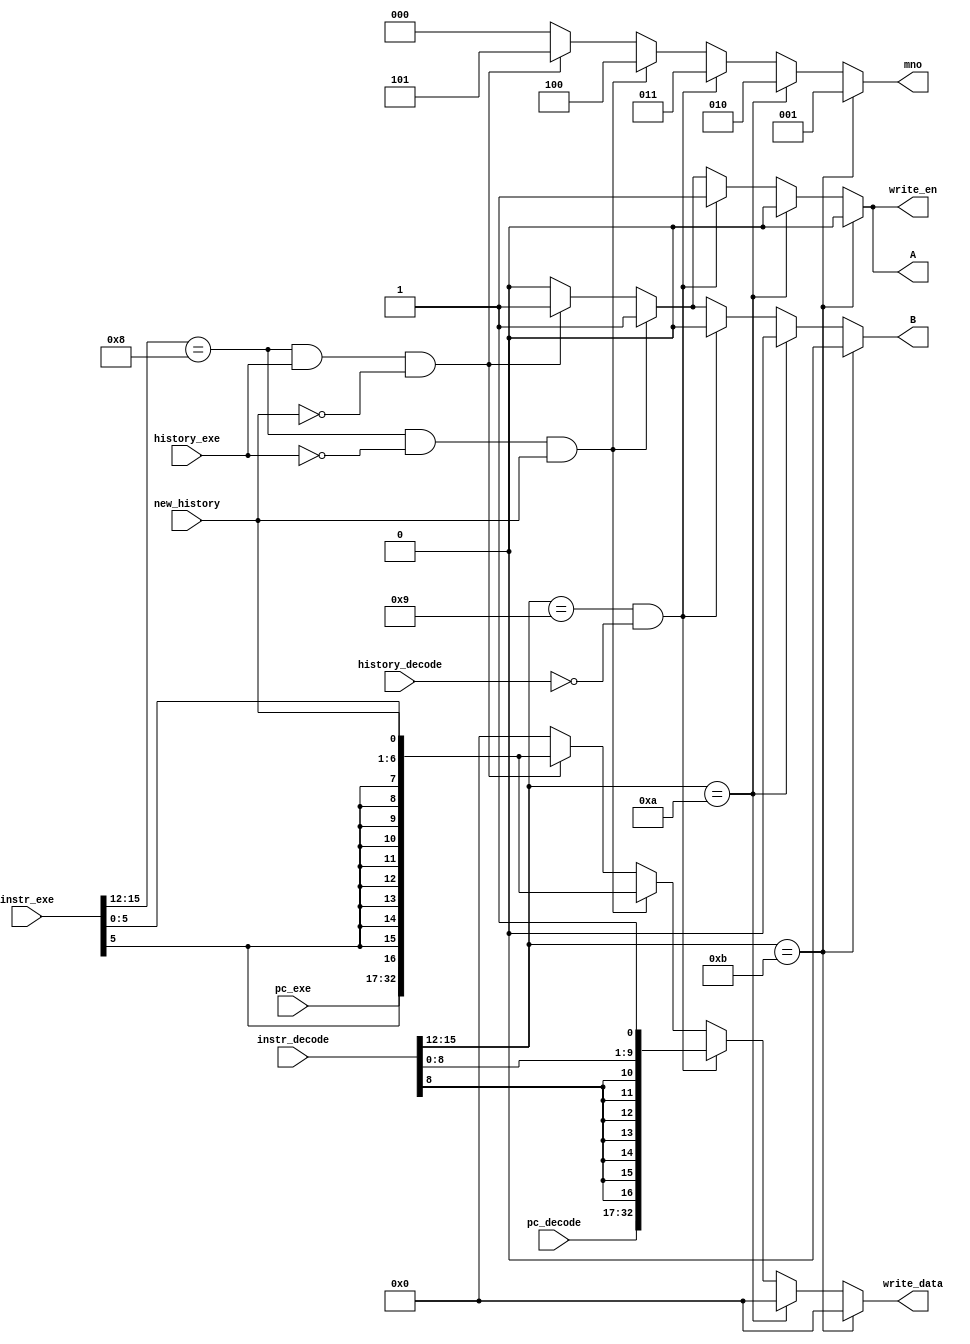
//mno is 3 bits selector that will select any of the 5 instruction addresses.

module branch_controller(instr_exe,instr_decode,pc_decode,pc_exe,history_exe,history_decode,new_history,mno,A,B,write_en,write_data);//removed alu_out
	input [15:0] instr_exe,instr_decode,pc_exe,pc_decode;
	input history_exe,new_history,history_decode;
	output reg [2:0] mno;
	output reg A,B,write_en;
	output reg [32:0] write_data;
	always @(instr_exe,instr_decode,history_exe,new_history,history_decode,pc_exe,pc_decode)
	
		begin
			if (instr_decode[15:12]==4'b1011)//JRI
				begin
				mno=3'b001;
				A=0;
				write_en=0;
				write_data=0;
				B=0;
				end
		
			else if (instr_decode[15:12]==4'b1010)//JLR
				begin
				mno=3'b010;
				A=0;
				write_en=0;
				write_data=0;
				B=0;
				end
			else if (instr_decode[15:12]==4'b1001 && history_decode==1'b0)//JAL and not in LUT
				begin
				mno=3'b011;//A and B
				A=1;
				write_en=1;
				write_data={pc_decode,{{7{instr_decode[8]}},instr_decode[8:0]},1'b1};
				B=0;
				end
			else if (instr_exe[15:12]==4'b1000 && history_exe==1'b0 && new_history==1'b1)//BEQ and new_hist=1 and old_hist=0
				begin
				mno=3'b100;
				A=1;
				write_en=1;
				write_data={pc_exe,{{10{instr_exe[5]}},instr_exe[5:0]},new_history};
				B=1;
				end
				
			else if (instr_exe[15:12]==4'b1000 && history_exe==1'b1 && new_history==1'b0)//BEQ and new_hist=0 and old_hist=1
				begin
				mno=3'b101;
				A=1;
				write_en=1;
				write_data={pc_exe,{{10{instr_exe[5]}},instr_exe[5:0]},new_history};
				B=1;
				end
			else
				begin
				mno=3'b000;
				A=0;
				write_en=0;
				write_data=0;
				B=0;
				end
			

		end
	endmodule
	
	
//working
//`timescale 1 ns/1 ps
//module tb_branch_controller;
//
//	reg [3:0] tb_instr_exe_4,tb_instr_decode_4;
//	reg [15:0] tb_alu_out;
//	wire [2:0] tb_mno;
//	branch_controller bc0(tb_instr_exe_4,tb_instr_decode_4,tb_alu_out,tb_mno);
//initial 
//begin
//tb_instr_exe_4=4'b1000;
//tb_instr_decode_4=4'b1001;
//tb_alu_out=16'b1000000011111111;
//#20;
//tb_instr_exe_4=4'b1000;
//tb_instr_decode_4=4'b1001;
//tb_alu_out=16'b0000000000000000;
//#20;
//tb_instr_exe_4=4'b1010;
//tb_instr_decode_4=4'b1011;
//tb_alu_out=16'b0000000000000000;
//#20;
//tb_instr_exe_4=4'b0011;
//tb_instr_decode_4=4'b0010;
//tb_alu_out=16'b0000000000000000;
//#20;
//end
//
//
//endmodule